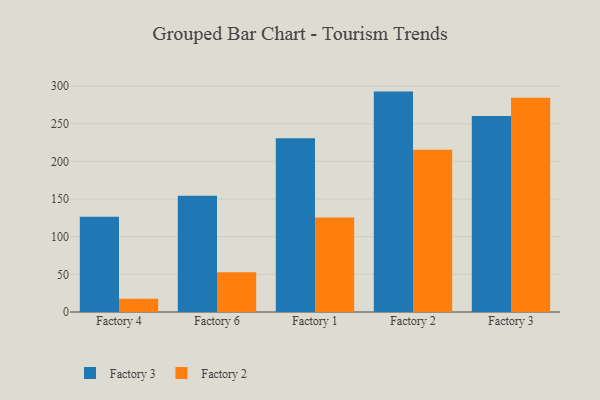
{"axis": {"x": "Factory", "y": "Backlog"}, "legend": ["Factory 2", "Factory 3"], "data": [{"x": "Factory 4", "y": 126.5, "type": "Factory 3"}, {"x": "Factory 4", "y": 17.6, "type": "Factory 2"}, {"x": "Factory 6", "y": 154.4, "type": "Factory 3"}, {"x": "Factory 6", "y": 52.9, "type": "Factory 2"}, {"x": "Factory 1", "y": 230.8, "type": "Factory 3"}, {"x": "Factory 1", "y": 125.5, "type": "Factory 2"}, {"x": "Factory 2", "y": 292.7, "type": "Factory 3"}, {"x": "Factory 2", "y": 215.4, "type": "Factory 2"}, {"x": "Factory 3", "y": 260.3, "type": "Factory 3"}, {"x": "Factory 3", "y": 284.4, "type": "Factory 2"}]}